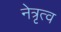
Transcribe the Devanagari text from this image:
नेत्रृत्व